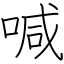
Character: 喊